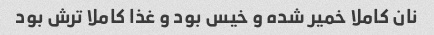
نان کاملا خمیر شده و خیس بود و غذا کاملا ترش بود